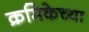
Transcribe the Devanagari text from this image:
क्रमिकेच्या